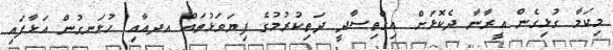
މިކަމާ ގުޅިގެން އީރާނާ ދެކޮޅަށް އިގްތިސާދީ ދަތިކުރުމުގެ ފިޔަވަޅުތައް އދއާއި ހުޅަނގުން އަޅާފައި